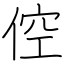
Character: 倥